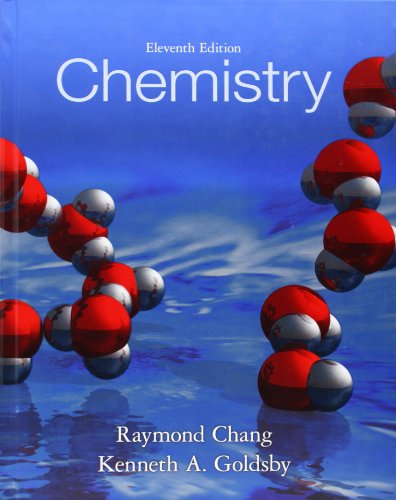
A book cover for Chemistry, 11th Edition; Raymond Chang; Literature & Fiction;